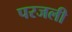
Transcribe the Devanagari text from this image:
परजली